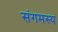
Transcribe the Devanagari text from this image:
संगमस्य